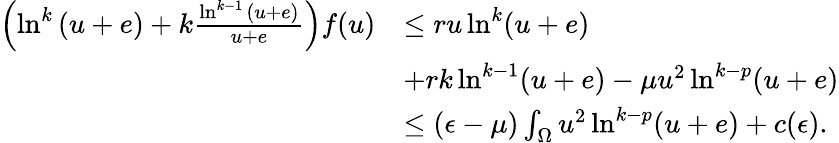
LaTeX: \begin{array}{rl}{\left(\ln^{k}{(u+e)}+k\frac{\ln^{k-1}{(u+e)}}{u+e}\right)f(u)}&{\leq ru\ln^{k}(u+e)}\\ &{+rk\ln^{k-1}(u+e)-\mu u^{2}\ln^{k-p}(u+e)}\\ &{\leq(\epsilon-\mu)\int_{\Omega}u^{2}\ln^{k-p}(u+e)+c(\epsilon).}\end{array}